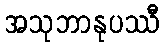
အသုဘာနုပဿီ